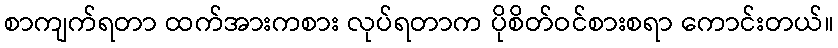
စာကျက်ရတာ ထက်အားကစား လုပ်ရတာက ပိုစိတ်ဝင်စားစရာ ကောင်းတယ်။